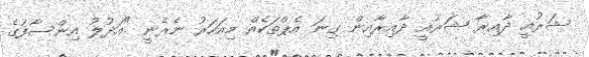
ޝަރުއީ ދާއިރާ ޝަރުއީ ދާއިރާއިން ގިނަ އެޕްތަކެއް މިއަހަރު ނެރެނީ "އަދުލު އިންސާފުގެ